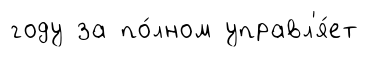
году за по́лном управл'я́ет